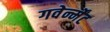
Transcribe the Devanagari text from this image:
गवेर्न्मेंट